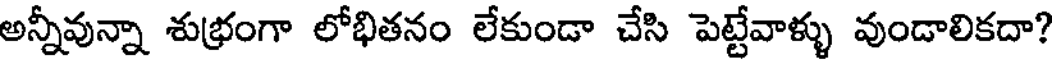
అన్నీవున్నా శుభ్రంగా లోభితనం లేకుండా చేసి పెట్టేవాళ్ళు వుండాలికదా?